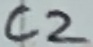
Text: C2